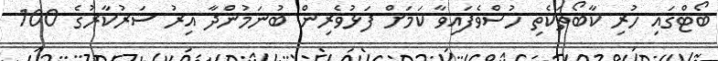
ބޯޓްގައި ހުރި ކާބޯތަކެތި ހުސްވެފައިވާ ކަމަށް ފަޅުވެރިން ބުނަމުންދާ އިރު ސަރުކާރުގެ 100